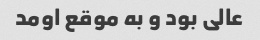
عالی بود و به موقع اومد